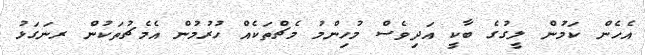
އެހެން ކަމުން ލީގުގެ ބާކީ އަދިވެސް މުހިންމު މެޗްތަކެއް ހުރުމުން އެމެޗުތަކުން ރނަގަޅު